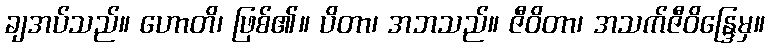
ချအပ်သည်။ ဟောတိ၊ ဖြစ်၏။ ပိတာ၊ အဘသည်။ ဇီဝိတာ၊ အသက်ဇီဝိန္ဒြေမှ။